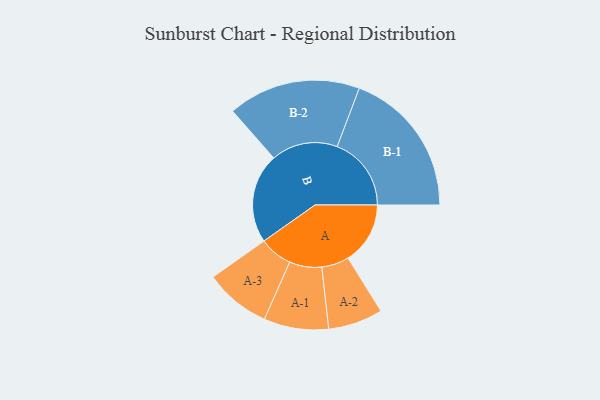
{"axis": {"x": "Segment", "y": "Value"}, "legend": ["", "A", "B"], "data": [{"x": "A", "y": 250, "type": ""}, {"x": "B", "y": 361, "type": ""}, {"x": "A-1", "y": 130, "type": "A"}, {"x": "A-2", "y": 110, "type": "A"}, {"x": "A-3", "y": 133, "type": "A"}, {"x": "B-1", "y": 298, "type": "B"}, {"x": "B-2", "y": 267, "type": "B"}]}